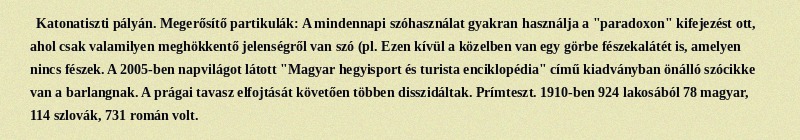
Katonatiszti pályán. Megerősítő partikulák: A mindennapi szóhasználat gyakran használja a "paradoxon" kifejezést ott, ahol csak valamilyen meghökkentő jelenségről van szó (pl. Ezen kívül a közelben van egy görbe fészekalátét is, amelyen nincs fészek. A 2005-ben napvilágot látott "Magyar hegyisport és turista enciklopédia" című kiadványban önálló szócikke van a barlangnak. A prágai tavasz elfojtását követően többen disszidáltak. Prímteszt. 1910-ben 924 lakosából 78 magyar, 114 szlovák, 731 román volt.